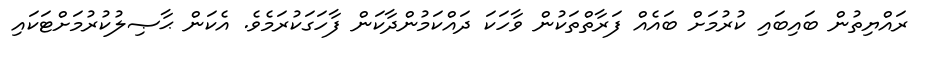
ރައްޔިތުން ބައިބައި ކުރުމަށް ބައެއް ފަރާތްތަކުން ވާހަކަ ދައްކަމުންދާކަން ފާހަގަކުރަމެވެ. އެކަން ޙާޞިލުކުރުމަށްޓަކައި